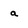
Character: a